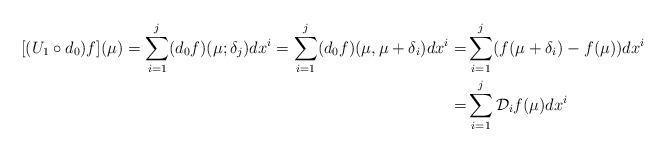
LaTeX: \begin{align*}[(U_1\circ d_0)f](\mu)=\sum_{i=1}^j (d_0f)(\mu;\delta_j)dx^{i}=\sum_{i=1}^j (d_0f)(\mu,\mu+\delta_i)dx^{i}=&\sum_{i=1}^j (f(\mu+\delta_i)-f(\mu))dx^{i} \\=&\sum_{i=1}^j \mathcal{D}_if(\mu)dx^{i}\end{align*}